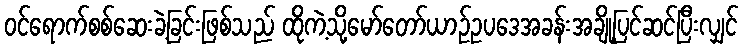
ဝင်ရောက်စစ်ဆေးခဲ့ခြင်းဖြစ်သည် ထိုကဲ့သို့မော်တော်ယာဉ်ဥပဒေအခန်းအချို့ပြင်ဆင်ပြီးလျှင်